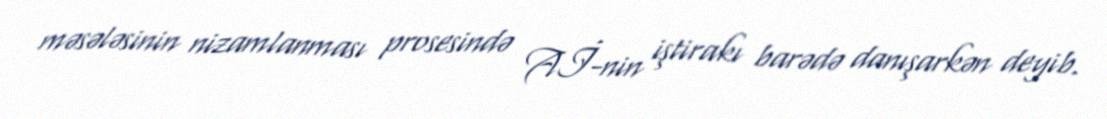
məsələsinin nizamlanması prosesində Aİ-nin iştirakı barədə danışarkən deyib.